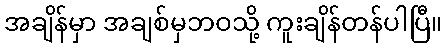
အချိန်မှာ အချစ်မှဘဝသို့ ကူးချိန်တန်ပါပြီ။